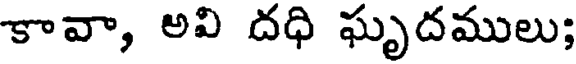
కావా, అవి దధి ఘృదములు;